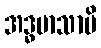
အဒ္ဓမာသာပိ